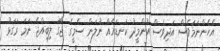
އެހެންނަމަވެސް އަދިވެސް އުންމީދު ކަނޑައެއް ނުލަން ސެމީގެ ޖާގަ ލިބިއްޖެ ނަމަ ރަގަޅު